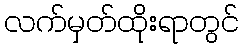
လက်မှတ်ထိုးရာတွင်